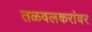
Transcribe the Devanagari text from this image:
तळवलकरांवर